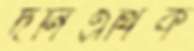
দনিএথিক